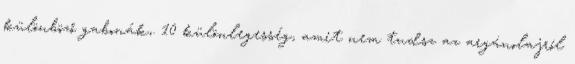
különböző gabonák,. 10 különlegesség, amit nem tudsz az argánolajról